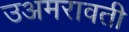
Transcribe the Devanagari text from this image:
उअमरावती